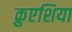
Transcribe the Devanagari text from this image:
क्रुएशिया